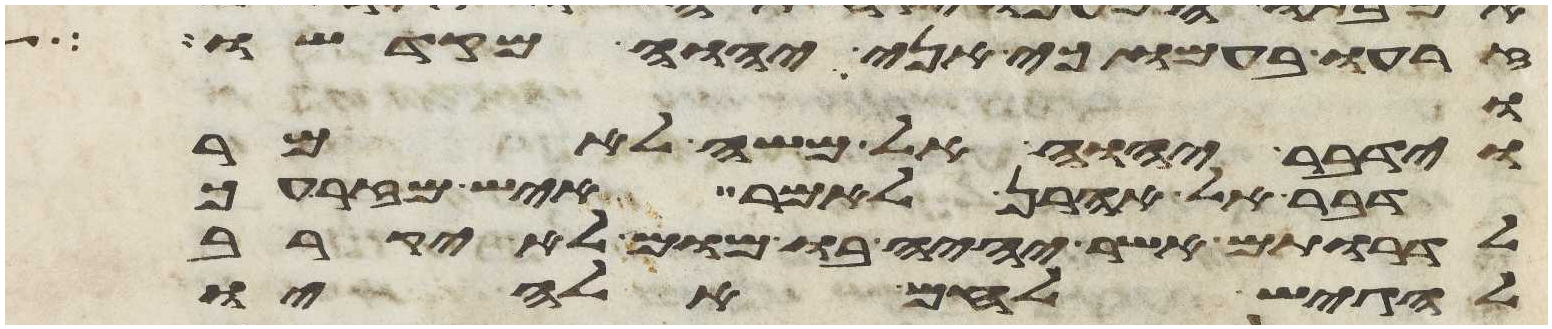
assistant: זרעו בעמו כי אני יהוה מקדשו
בו
וידבר יהוה אל משה לאמר
דבר אל אהרן לאמר איש מזרעך
לדרותם אשר יהיה בו מום לא יקרב
להגיש לחם אלהיו